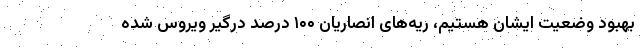
بهبود وضعیت ایشان هستیم، ریه‌های انصاریان ۱۰۰ درصد درگیر ویروس شده